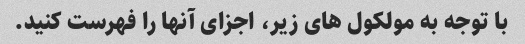
با توجه به مولکول های زیر، اجزای آنها را فهرست کنید.